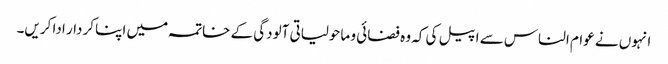
انہوں نے عوام الناس سے اپیل کی کہ وہ فضائی و ماحولیاتی آلودگی کے خاتمہ میں اپنا کردار ادا کریں۔